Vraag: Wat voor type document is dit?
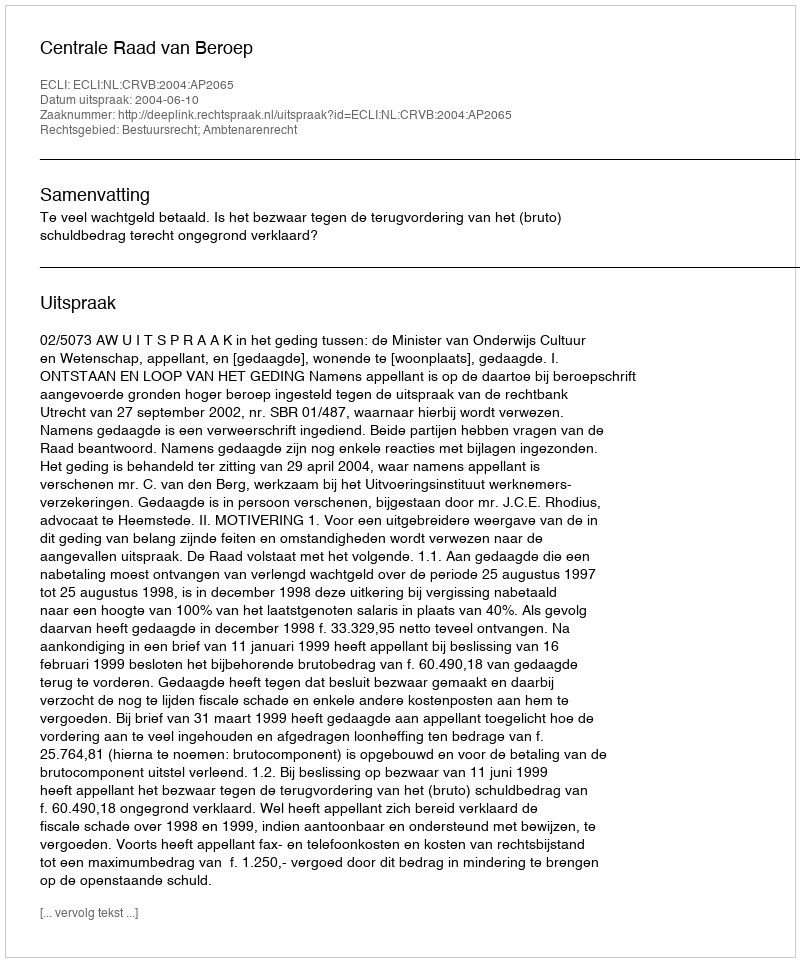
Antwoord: Uitspraak